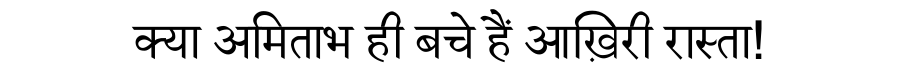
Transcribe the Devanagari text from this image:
क्या अमिताभ ही बचे हैं आख़िरी रास्ता!